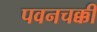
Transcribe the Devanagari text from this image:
पवनचक्कीं